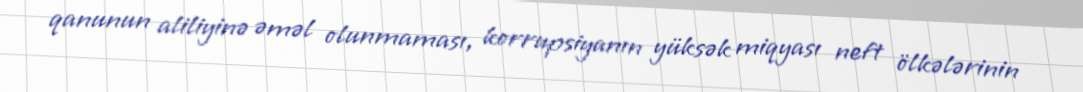
qanunun aliliyinə əməl olunmaması, korrupsiyanın yüksək miqyası neft ölkələrinin